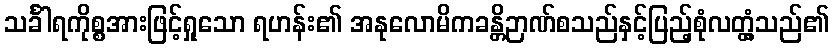
သင်္ခါရကိုစ္စအားဖြင့်ရှုသော ရဟန်း၏ အနုလောမိကခန္တိဉာဏ်စသည်နှင့်ပြည့်စုံလတ္တံ့သည်၏